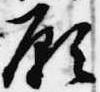
願